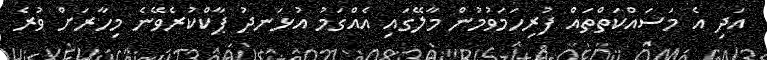
އަދި އެ މަސައްކަތްތައް ފުރިހަމަވުމުން މާލޭގައި އެއްގަމު އުޅަނދު ޕާކްކުރެވޭނެ މިހާރަށް ވުރެ